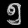
Digit: ၅